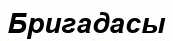
Бригадасы